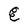
Character: E